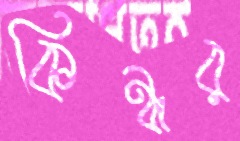
কিন্নর